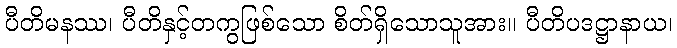
ပီတိမနဿ၊ ပီတိနှင့်တကွဖြစ်သော စိတ်ရှိသောသူအား။ ပီတိပဒဋ္ဌာနာယ၊